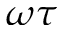
\omega \tau